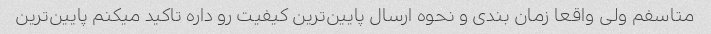
متاسفم ولى واقعا زمان بندى و نحوه ارسال پایین‌ترین کیفیت رو داره تاکید میکنم پایین‌ترین